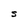
Character: S